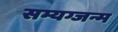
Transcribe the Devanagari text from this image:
सम्यग्जन्म